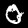
Digit: 0